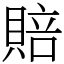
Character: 賠